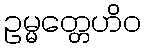
ဥမ္မတ္တေဟိဝ